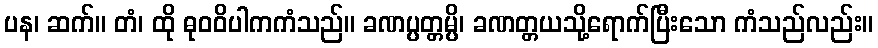
ပန၊ ဆက်။ တံ၊ ထို ဓုဝဝိပါကကံသည်။ ခဏပ္ပတ္တမ္ပိ၊ ခဏတ္တယသို့ရောက်ပြီးသော ကံသည်လည်း။